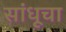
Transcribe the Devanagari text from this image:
सांधूचा